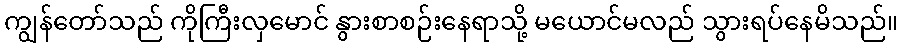
ကျွန်တော်သည် ကိုကြီးလှမောင် နွားစာစဉ်းနေရာသို့ မယောင်မလည် သွားရပ်နေမိသည်။